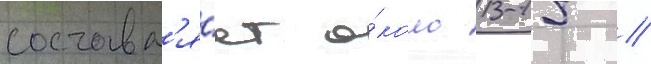
составл'я́ет о́коло 13-15 //